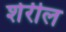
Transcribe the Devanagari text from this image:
शेरील